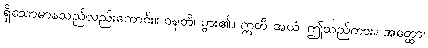
ရှိသောမာနသည်လည်းကောင်း။ ဝဍ္ဎတိ၊ ပွား၏။ ဣတိ အယံ၊ ဤသည်ကား။ အတ္ထော၊